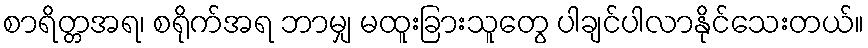
စာရိတ္တအရ၊ စရိုက်အရ ဘာမျှ မထူးခြားသူတွေ ပါချင်ပါလာနိုင်သေးတယ်။